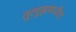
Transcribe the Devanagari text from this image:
तुलूझमधील